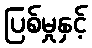
ပြစ်မှုနှင့်